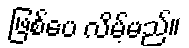
ဖြစ်ပေ လိမ့်မည်။